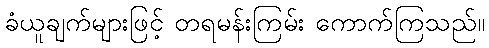
ခံယူချက်များဖြင့် တရမန်းကြမ်း ကောက်ကြသည်။